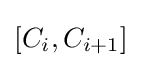
[C_{i},C_{i+1}]